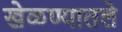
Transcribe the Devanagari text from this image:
खेळण्यातले